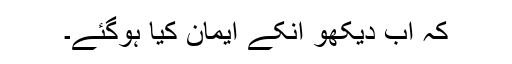
کہ اب دیکھو انکے ایمان کیا ہوگئے۔